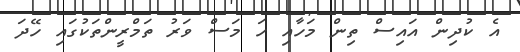
އެ ކުދިން އައިސް ތިން މަހާއި ހަ މަސް ވަރު ތަމްރީންތަކުގައި ހޭދަ